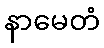
နာမေတံ